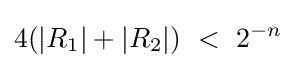
4(|R_{1}|+|R_{2}|)\ <\ 2^{-n}